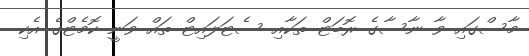
މާސްގައި ވާ ނާސާގެ ރޮބަޓް ތަކާއި ސެޓަލައިޓް ތައް ވަނީ ކޮމެޓްގެ އެކި